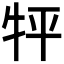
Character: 𤘾